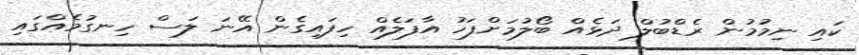
ކައި ނިމުމުން ރެޑްބުލް ދަޅެއް ބޯލުމަށްފަހު އާފަލެއް ހިފައިގެން އޭނަ ލަސް ހިނގުމެއްގައި